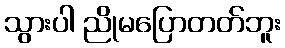
သွားပါ ညိုမပြောတတ်ဘူး